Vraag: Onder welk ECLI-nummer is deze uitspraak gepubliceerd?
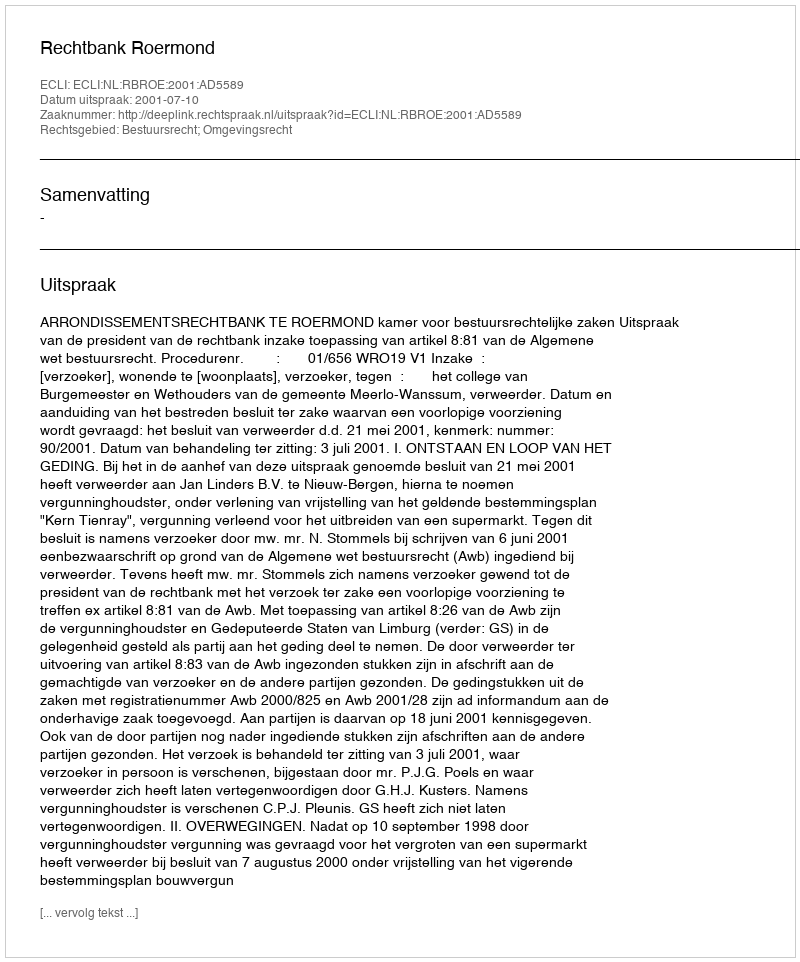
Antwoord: ECLI:NL:RBROE:2001:AD5589